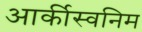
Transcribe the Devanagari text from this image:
आर्कीस्वनिम